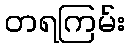
တရကြမ်း